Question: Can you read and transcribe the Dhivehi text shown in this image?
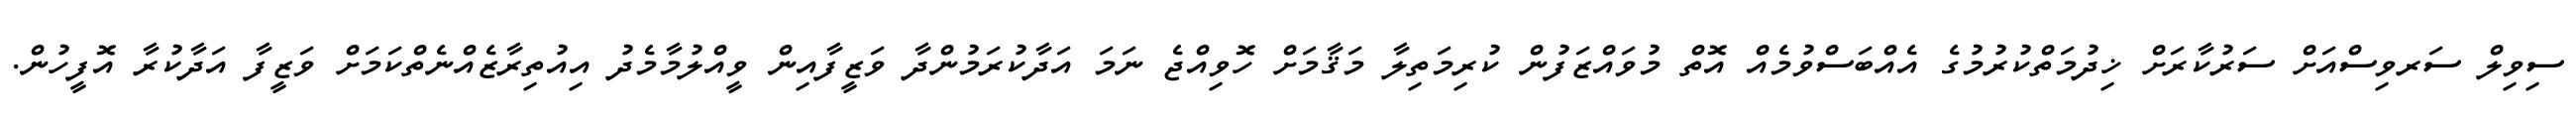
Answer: ސިވިލް ސަރވިސްއަށް ސަރުކާރަށް ޚިދުމަތްކުރުމުގެ އެއްބަސްވުމެއް އޮތް މުވައްޒަފުން ކުރިމަތިލާ މަޤާމަށް ހޮވިއްޖެ ނަމަ އަދާކުރަމުންދާ ވަޒީފާއިން ވީއްލުމާމެދު އިއުތިރާޒެއްނެތްކަމަށް ވަޒީފާ އަދާކުރާ އޮފީހުން.